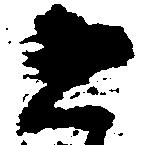
と